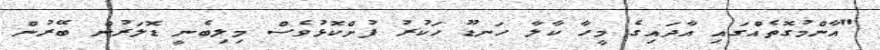
"އާންމުގޮތެއްގައި އާދައިގެ މީހާ ކާލާ ހަނޑޫ ހަކުރު ފުށްކޮޅުވެސް މިލިބެނީ ޑޮލަރުން ބޭރުން